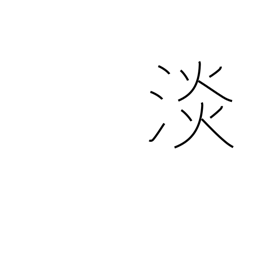
Meaning: faint